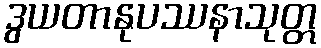
ဒွယတာနုပဿနာသုတ္တ